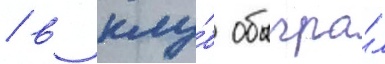
/ в клу́б обыгра́л